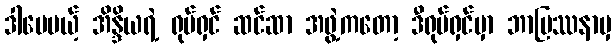
ဒါပေမယ့် အိန္ဒိယရဲ့ ရုပ်ရှင် ဆင်ဆာ အဖွဲ့ကတော့ ဒီရုပ်ရှင်မှာ ဘာပြဿနာမှ